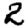
Digit: 2